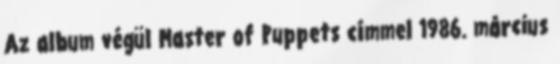
Az album végül Master of Puppets címmel 1986. március